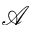
\mathscr { A }